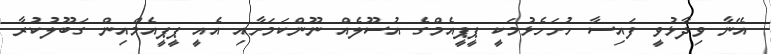
އޭނާ ވިދާޅުވީ ފައިސާ ހުށަހެޅުމަކީ ޕީޕީއެމްގެ އުސޫލެއް ނޫންކަމަށާއި އެއީ ޕީޕީއެމްއިން ގަބޫލުކުރާ